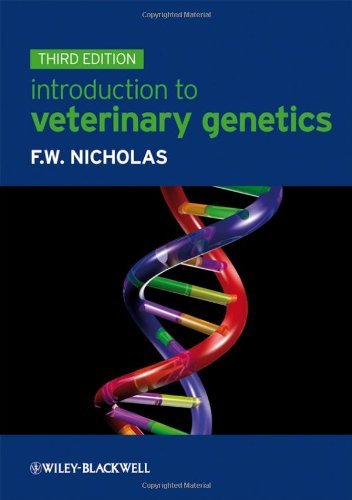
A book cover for Introduction to Veterinary Genetics [Paperback] [2009] (Author) Frank W. Nicholas; Medical Books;